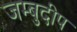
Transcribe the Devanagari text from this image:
जम्बुदीप